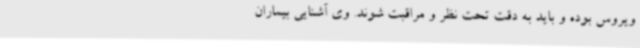
ویروس بوده و باید به دقت تحت نظر و مراقبت شوند. وی آشنایی بیماران